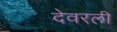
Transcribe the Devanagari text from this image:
देवरली